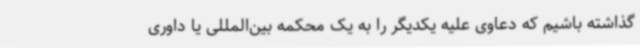
گذاشته باشیم که دعاوی علیه یکدیگر را به یک محکمه بین‌المللی یا داوری